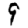
Digit: 9